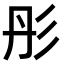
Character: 彤